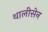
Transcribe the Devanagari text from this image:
थालीसेन